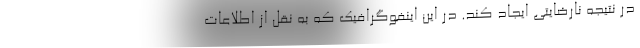
در نتیجه نارضایتی ایجاد کند. در این اینفوگرافیک که به نقل از اطلاعات